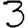
Digit: 3